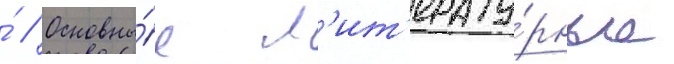
́ // Основны́е л'ит'ерату́рные